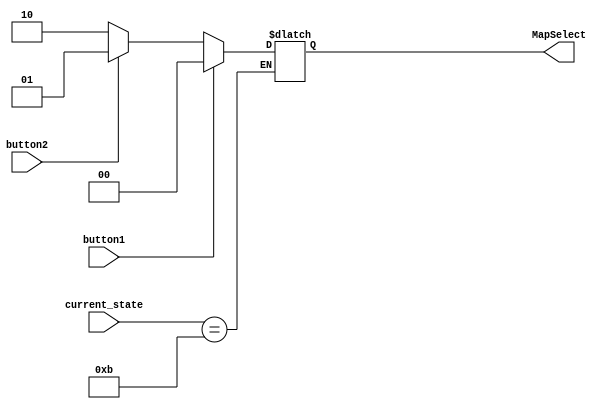
module animationData(
  input [5:0]current_state,
  input button1, button2,
  output reg [1:0] MapSelect //0 is map1, 1 is map 2
  );
   localparam   MAP1 = 2'b00,
              MAP2 = 2'b01,
              START = 2'b10,
              GG = 2'b11;

    //Mapselect
    always @(*) begin
    if(current_state == 6'd11) //stepSwait
      MapSelect = (button1) ? MAP1 : ((button2)? MAP2: START); //if both pressed, map1, if none pressed map1

    end
endmodule